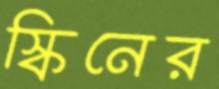
স্কিনের